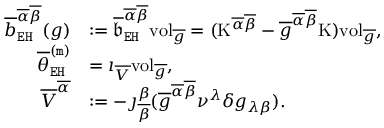
\begin{array} { r l } { \overline { { b } } _ { \mathtt { E H } } ^ { \overline { { \alpha } } \overline { { \beta } } } ( g ) } & { : = \overline { { \mathfrak { b } } } _ { \mathtt { E H } } ^ { \overline { { \alpha } } \overline { { \beta } } } \mathrm { v o l } _ { \overline { { g } } } = ( \mathrm { K } ^ { \overline { { \alpha } } \overline { { \beta } } } - \overline { { g } } ^ { \overline { { \alpha } } \overline { { \beta } } } \mathrm { K } ) \mathrm { v o l } _ { \overline { { g } } } , } \\ { \overline { { \theta } } _ { \mathtt { E H } } ^ { \mathtt { ( m ) } } } & { = \imath _ { \overline { { V } } } \mathrm { v o l } _ { \overline { { g } } } , } \\ { \overline { { V } } ^ { \overline { { \alpha } } } } & { : = - \jmath _ { \overline { { \beta } } } ^ { \beta } ( \overline { { g } } ^ { \overline { { \alpha } } \overline { { \beta } } } \nu ^ { \lambda } \delta g _ { \lambda \beta } ) . } \end{array}